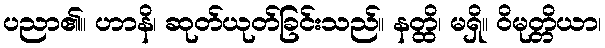
ပညာ၏။ ဟာနိ၊ ဆုတ်ယုတ်ခြင်းသည်။ နတ္ထိ၊ မရှိ။ ဝိမုတ္တိယာ၊